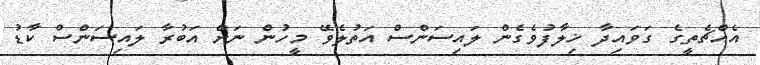
އެއްޗެތީގެ ގަވައިދާ ޚިލާފުވެގެން ލައިސަންސް އަތުލެވޭ މީހުން ނަށް އަބުރާ ލައިސަންސް ކާޑު